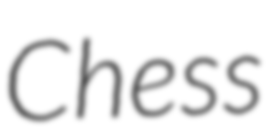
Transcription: Chess